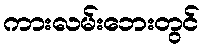
ကားလမ်းဘေးတွင်